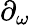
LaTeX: \partial_{\omega}